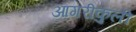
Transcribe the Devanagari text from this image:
आगरीकुली